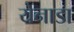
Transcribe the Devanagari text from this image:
येनाडा